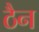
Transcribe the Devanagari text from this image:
ठैन